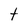
Character: t